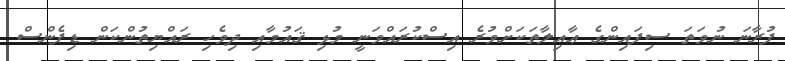
ފުރާނަ ނުވަތަ ސިފައިންގެ ޢާއިލާތަކަށްވުރެ އިސްކުރައްވަނީ މުޅި ޤައުމާއި ދިވެހި ރައްޔިތުންކަން ޑިފެންސް